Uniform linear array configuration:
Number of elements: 48
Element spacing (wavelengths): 0.25
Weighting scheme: blackman
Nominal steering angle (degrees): -60
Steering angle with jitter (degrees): -60.959
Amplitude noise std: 0.05
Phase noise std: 0.05

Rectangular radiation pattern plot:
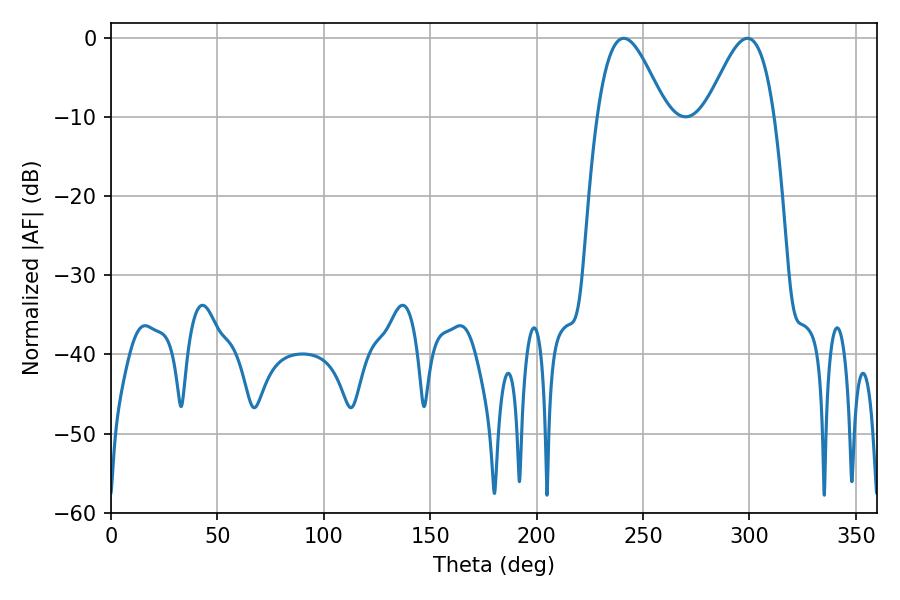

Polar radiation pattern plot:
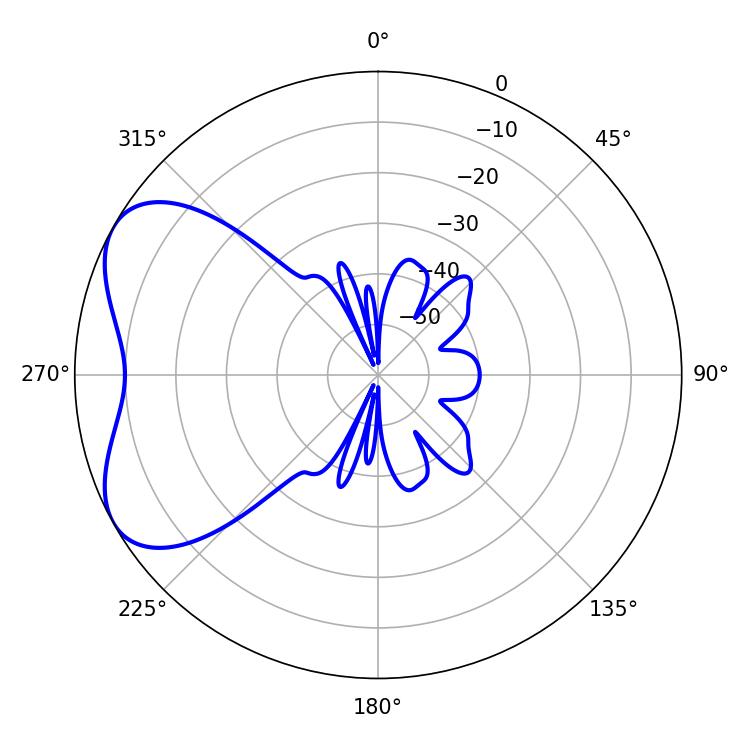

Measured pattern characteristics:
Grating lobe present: FALSE
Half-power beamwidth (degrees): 17.28
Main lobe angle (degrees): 240.84